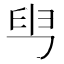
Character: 𦥕